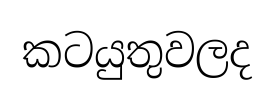
කටයුතුවලද